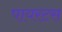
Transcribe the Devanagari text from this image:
पायरटस